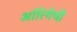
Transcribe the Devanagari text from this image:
ऑरिगेची